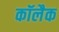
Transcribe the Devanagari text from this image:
कॉलैक